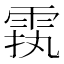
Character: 𲉵